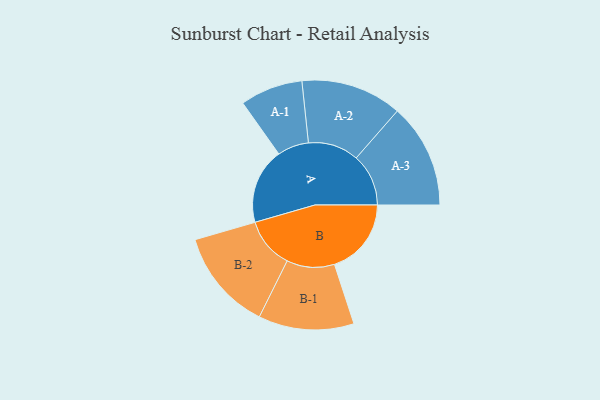
{"axis": {"x": "Segment", "y": "Value"}, "legend": ["", "A", "B"], "data": [{"x": "A", "y": 406, "type": ""}, {"x": "B", "y": 412, "type": ""}, {"x": "A-1", "y": 168, "type": "A"}, {"x": "A-2", "y": 271, "type": "A"}, {"x": "A-3", "y": 280, "type": "A"}, {"x": "B-1", "y": 256, "type": "B"}, {"x": "B-2", "y": 272, "type": "B"}]}